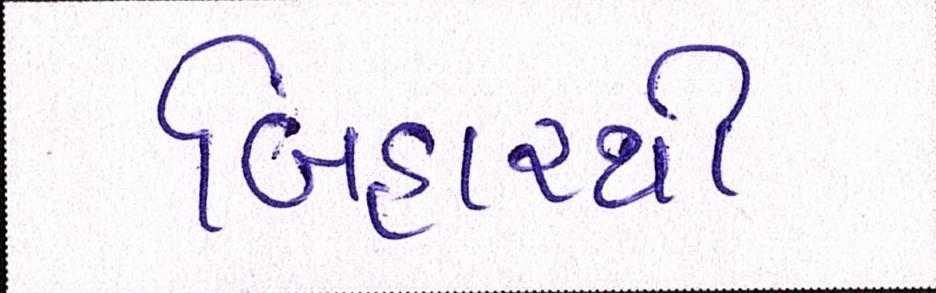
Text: બિહારથી